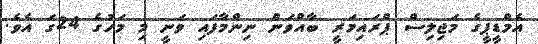
އެމްޑީޕީގެ މަޖިލިސް ޕްރައިމަރީ ބާއްވަން ނިންމާފައި ވަނީ މި މަހުގެ 24ގަ އެވެ.